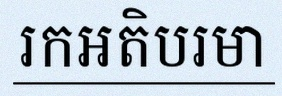
រកអតិបរមា